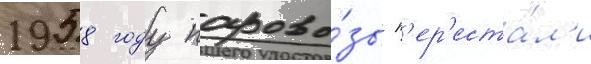
1958 году парово́зы п'ер'еста́л'и